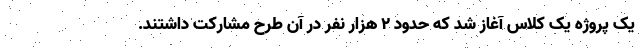
یک پروژه یک کلاس آغاز شد که حدود 2 هزار نفر در آن طرح مشارکت داشتند.